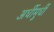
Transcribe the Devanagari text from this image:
अर्धीमुर्धी